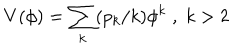
V ( \phi ) = \sum _ { k } ( p _ { k } / k ) \phi ^ { k } \; , \; k > 2